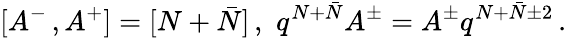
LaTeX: [A^{-}\, ,A^{+}]=[N+\bar{N}]\, ,\, \, q^{N+\bar{N}}A^{\pm}=A^{\pm}q^{N+\bar{N}\pm 2}\, .